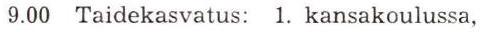
9.00 Taidekasvatus: 1. kansakoulussa,